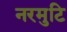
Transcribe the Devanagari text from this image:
नरमुटि